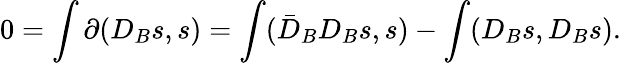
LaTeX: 0=\int\partial(D_{B}s,s)=\int(\bar{D}_{B}D_{B}s,s)-\int(D_{B}s,D_{B}s).